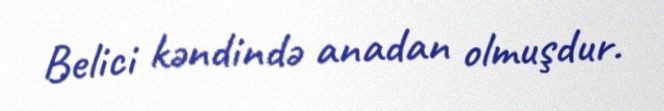
Belici kəndində anadan olmuşdur.